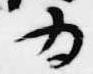
為